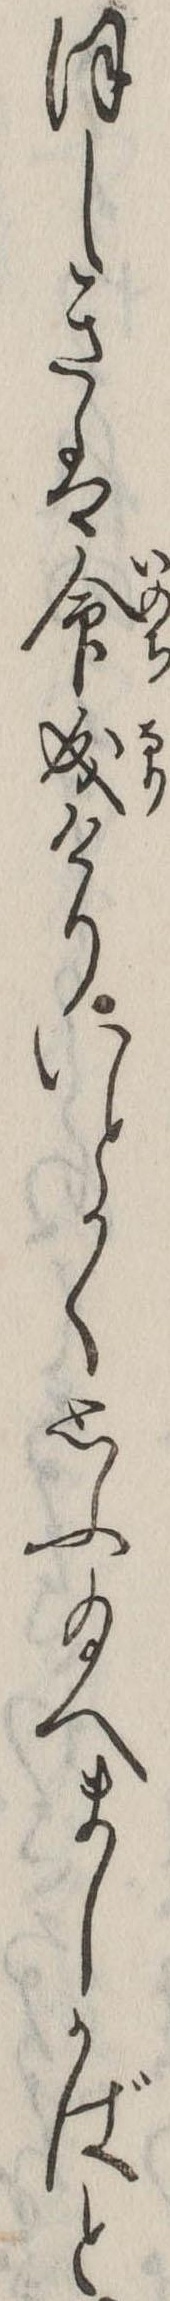
ほしきは命成けりいとかく思ふ給へましかばと